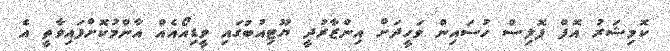
ކޮމިޝަރު އޮފް ޕޮލިސް ހުސައިން ވަހީދަށް އިންޒާރުދީ ޔޫޓިއުބުގައި ވީޑިއޯއެއް އާންމުކޮށްފައިވާތީ އެ